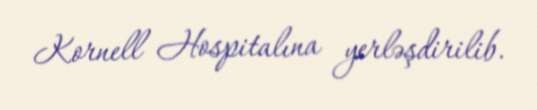
Kornell Hospitalına yerləşdirilib.